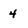
Character: 4